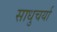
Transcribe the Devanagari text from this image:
साधुचर्या